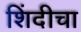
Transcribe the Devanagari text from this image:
शिंदीचा